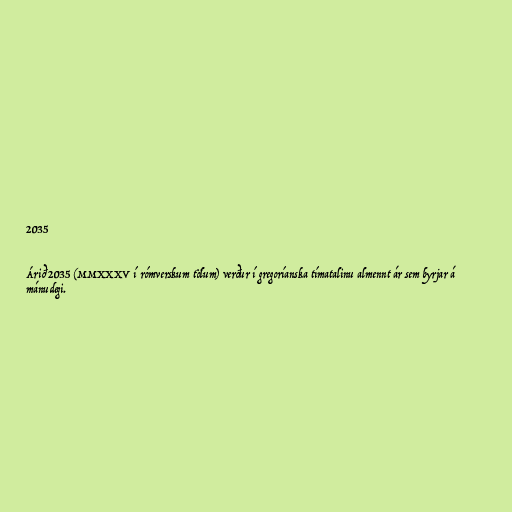
2035

Árið 2035 (MMXXXV í rómverskum tölum) verður í gregoríanska tímatalinu almennt ár sem byrjar á
mánudegi.